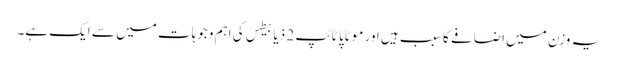
یہ وزن میں اضافے کا سبب ہیں اور موٹاپا ٹائپ 2 ذیابیطس کی اہم وجوہات میں سے ایک ہے۔